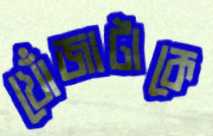
খোঁজাটাকে